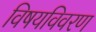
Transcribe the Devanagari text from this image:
विषयविवरण